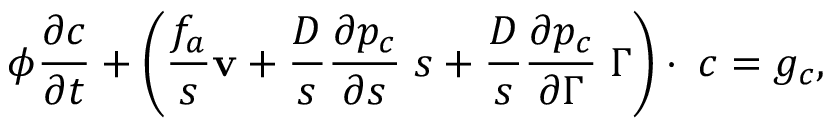
\phi \frac { \partial c } { \partial t } + \left( \frac { f _ { a } } { s } { { \bf v } } + \frac { D } { s } \frac { \partial p _ { c } } { \partial s } { \bf \nabla } s + \frac { D } { s } \frac { \partial p _ { c } } { \partial \Gamma } { \bf \nabla } \Gamma \right) \cdot { \bf \nabla } c = g _ { c } ,